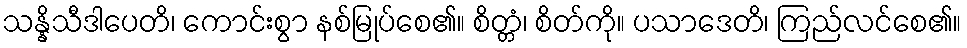
သန္နိသီဒါပေတိ၊ ကောင်းစွာ နစ်မြုပ်စေ၏။ စိတ္တံ၊ စိတ်ကို။ ပသာဒေတိ၊ ကြည်လင်စေ၏။